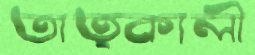
তাত্কালী